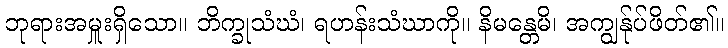
ဘုရားအမှူးရှိသော။ ဘိက္ခုသံဃံ၊ ရဟန်းသံဃာကို။ နိမန္တေမိ၊ အကျွန်ုပ်ဖိတ်၏။